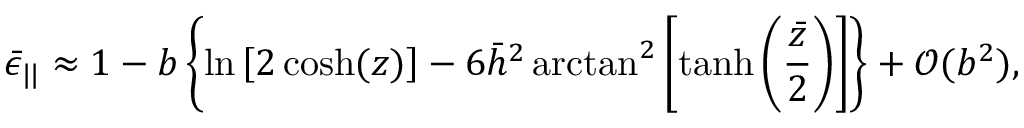
\bar { \epsilon } _ { | | } \approx 1 - b \left\lbrace \ln \left[ 2 \cosh ( z ) \right] - 6 \bar { h } ^ { 2 } \arctan ^ { 2 } \left[ \operatorname { t a n h } \left( \frac { \bar { z } } { 2 } \right) \right] \right\rbrace + \mathcal { O } ( b ^ { 2 } ) ,